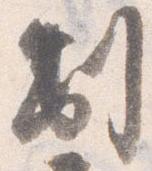
制